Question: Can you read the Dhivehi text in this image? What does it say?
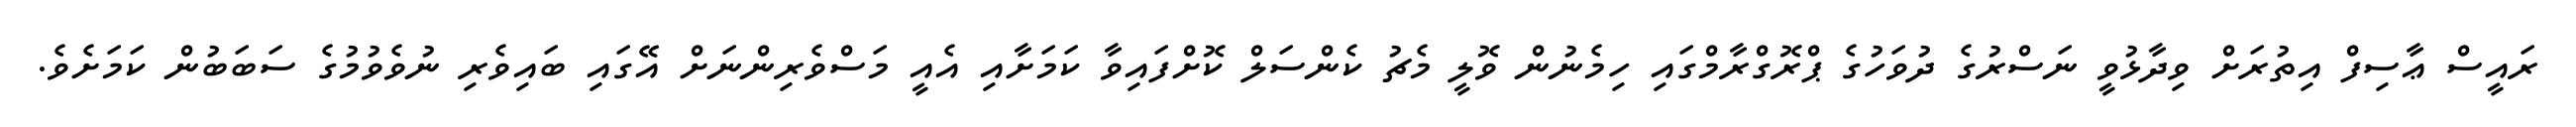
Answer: ރައީސް ޢާސިފް އިތުރަށް ވިދާޅުވީ ނަސްރުގެ ދުވަހުގެ ޕްރޮގްރާމްގައި ހިމެނުން ވޮލީ މެޗު ކެންސަލް ކޮށްފައިވާ ކަމަށާއި އެއީ މަސްވެރިންނަށް އޭގައި ބައިވެރި ނުވެވުމުގެ ސަބަބުން ކަމަށެވެ.